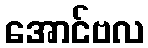
အောင်ဗလ